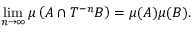
\operatorname* { l i m } _ { n \to \infty } \mu \left( A \cap T ^ { - n } B \right) = \mu ( A ) \mu ( B ) .